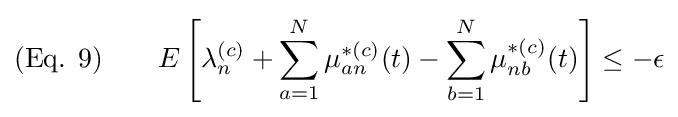
{\text{(Eq. 9)}}\qquad E\left[\lambda _{n}^{(c)}+\sum _{a=1}^{N}\mu _{an}^{*(c)}(t)-\sum _{b=1}^{N}\mu _{nb}^{*(c)}(t)\right]\leq -\epsilon